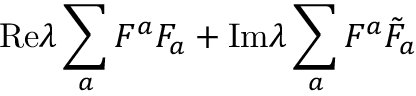
\mathrm { R e } \lambda \sum _ { a } F ^ { a } F _ { a } + \mathrm { I m } \lambda \sum _ { a } F ^ { a } { \tilde { F } _ { a } }